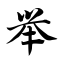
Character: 举